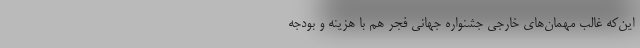
این‌که غالب مهمان‌های خارجی جشنواره جهانی فجر هم با هزینه و بودجه